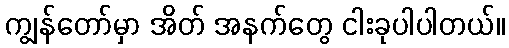
ကျွန်တော်မှာ အိတ် အနက်တွေ ငါးခုပါပါတယ်။